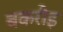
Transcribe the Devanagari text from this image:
बकरौइ